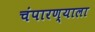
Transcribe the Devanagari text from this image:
चंपारण्याला